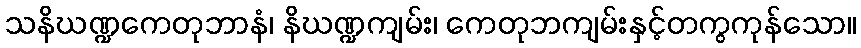
သနိဃဏ္ဍကေတုဘာနံ၊ နိဃဏ္ဍကျမ်း၊ ကေတုဘကျမ်းနှင့်တကွကုန်သော။